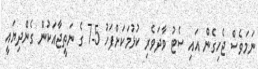
ނަމަވެސް ޖެހިގެން އައި ސެޓު ވާދަވެރި ކުޅުމަކަށްފަހު 5-7 ގެ ނަތީޖާއަކުން ގެންދިޔައީ